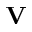
\mathbf { V }